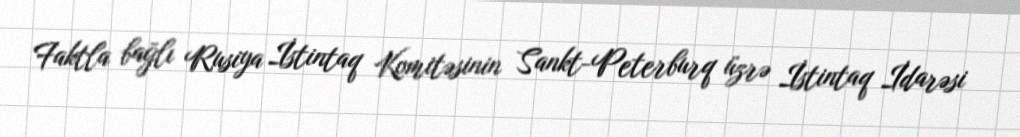
Faktla bağlı Rusiya İstintaq Komitəsinin Sankt-Peterburq üzrə İstintaq İdarəsi